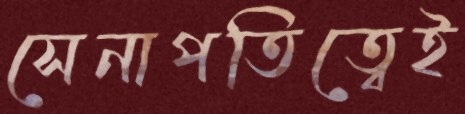
সেনাপতিত্বেই